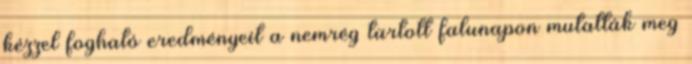
kézzel fogható eredményeit a nemrég tartott falunapon mutatták meg